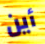
أين